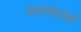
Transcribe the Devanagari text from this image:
चेमोसेंसोर्स